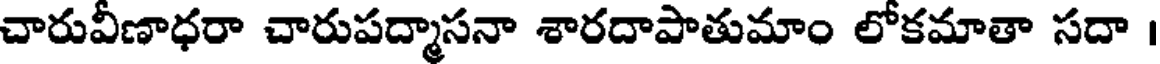
చారువీణాధరా చారుపద్మాసనా శారదాపాతుమాం లోకమాతా సదా